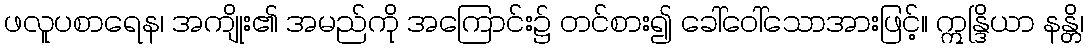
ဖလူပစာရေန၊ အကျိုး၏ အမည်ကို အကြောင်း၌ တင်စား၍ ခေါ်ဝေါ်သောအားဖြင့်။ ဣန္ဒြိယာ နန္တိ၊